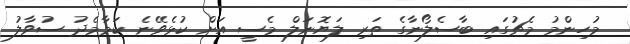
މުހިންމު މެޗުގައި ބާސެލޯނާގެ ތަރި ލަޔޮނަލް މެސީ އަށް ކުޅެވޭނެ ކަމާމެދު ސުވާލު